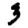
Digit: 3